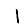
Digit: 1